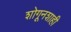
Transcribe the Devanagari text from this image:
शोगूनशाही